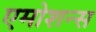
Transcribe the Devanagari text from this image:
एमोशन्स